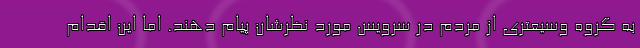
به گروه وسیعتری از مردم در سرویس مورد نظرشان پیام دهند. اما این اقدام